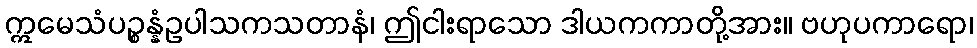
ဣမေသံပဉ္စန္နံဥပါသကသတာနံ၊ ဤငါးရာသော ဒါယကကာတို့အား။ ဗဟုပကာရော၊